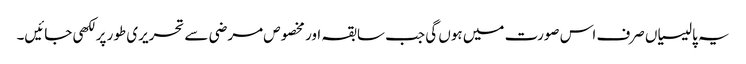
یہ پالیسیاں صرف اس صورت میں ہوں گی جب سابقہ اور مخصوص مرضی سے تحریری طور پر لکھی جائیں۔